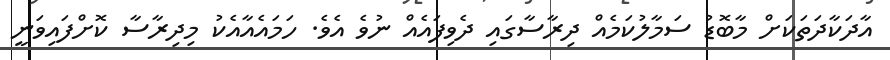
އާދަކާދަތަކަށް މާބޮޑު ސަމާލުކަމެއް ދިރާސާގައި ދެވިފައެއް ނުވެ އެވެ. ހަމައެއާއެކު މިދިރާސާ ކޮށްފައިވަނީ